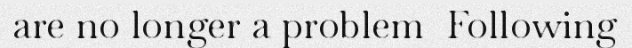
are no longer a problem  Following